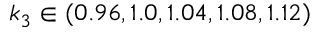
k _ { 3 } \in ( 0 . 9 6 , 1 . 0 , 1 . 0 4 , 1 . 0 8 , 1 . 1 2 )